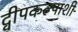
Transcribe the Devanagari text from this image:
द्वीपकल्पाशी